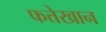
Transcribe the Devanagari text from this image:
फत्तेखान